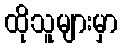
ထိုသူများမှာ